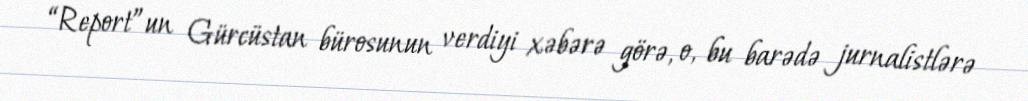
“Report”un Gürcüstan bürosunun verdiyi xəbərə görə, o, bu barədə jurnalistlərə